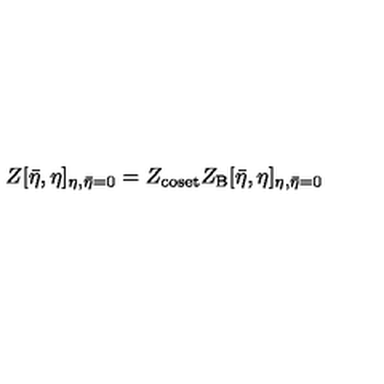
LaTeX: Z [ { \bar { \eta } } , \eta ] _ { \eta , \bar { \eta } = 0 } = Z _ { \mathrm { c o s e t } } Z _ { \mathrm { B } } [ { \bar { \eta } } , \eta ] _ { \eta , \bar { \eta } = 0 }